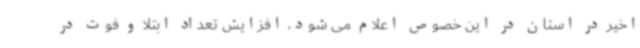
اخیر در استان در این خصوص اعلام می شود، افزایش تعداد ابتلا و فوت در